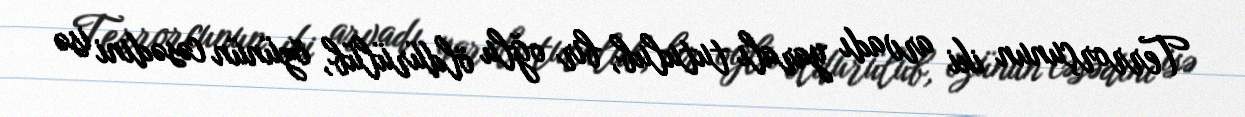
Terrorçunun iki arvadı yaralı tutulub, bir oğlu öldürülüb, özünün cəsədini isə